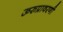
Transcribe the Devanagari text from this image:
ऊरुप्रावरणी